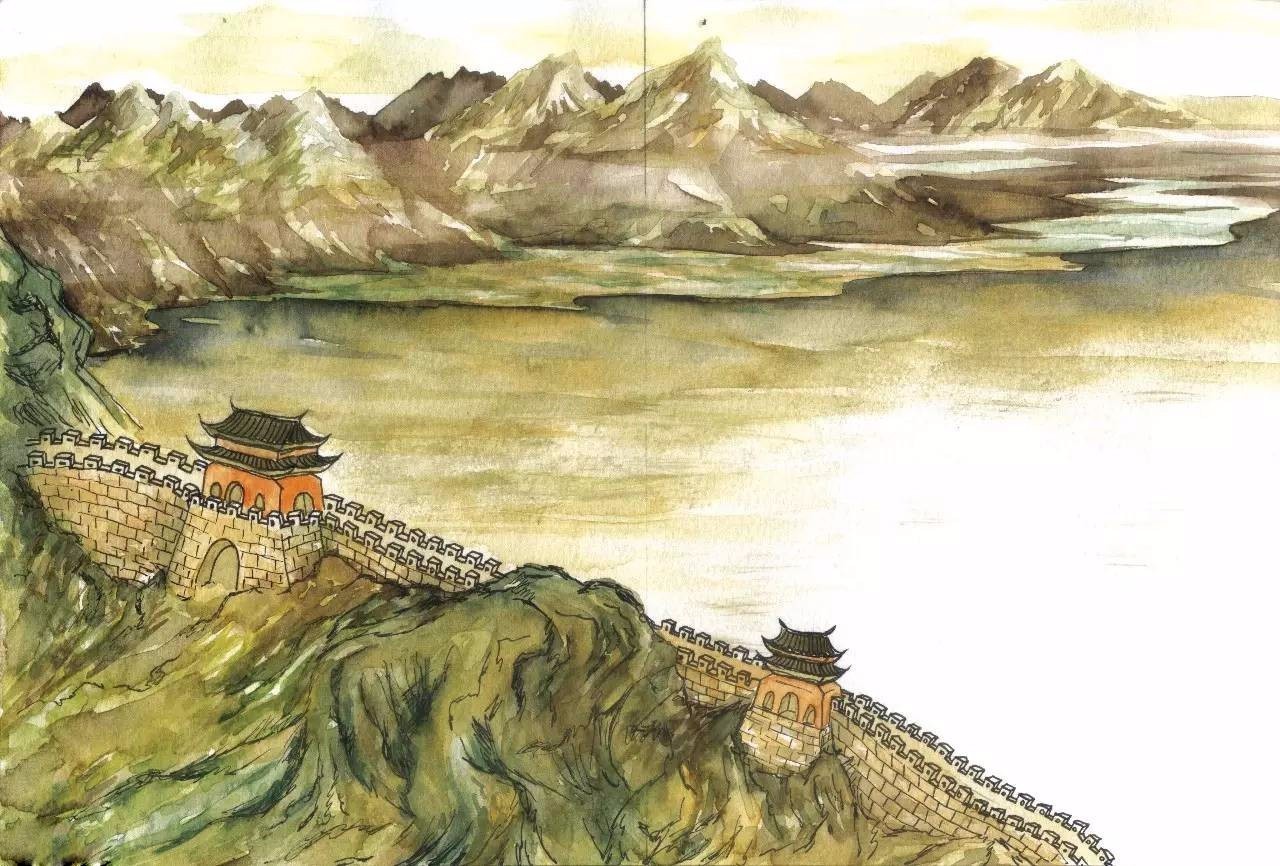
单于北望拂云堆，杀马登坛祭几回。